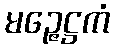
မဉ္ဇေဋ္ဌကံ